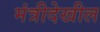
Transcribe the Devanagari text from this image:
मंत्रीदेखील